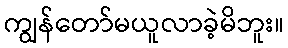
ကျွန်တော်မယူလာခဲ့မိဘူး။